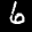
Label: 6